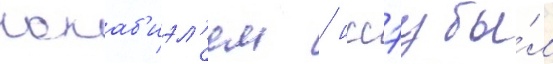
кокаб'иэл'ем / иссэу бы́л